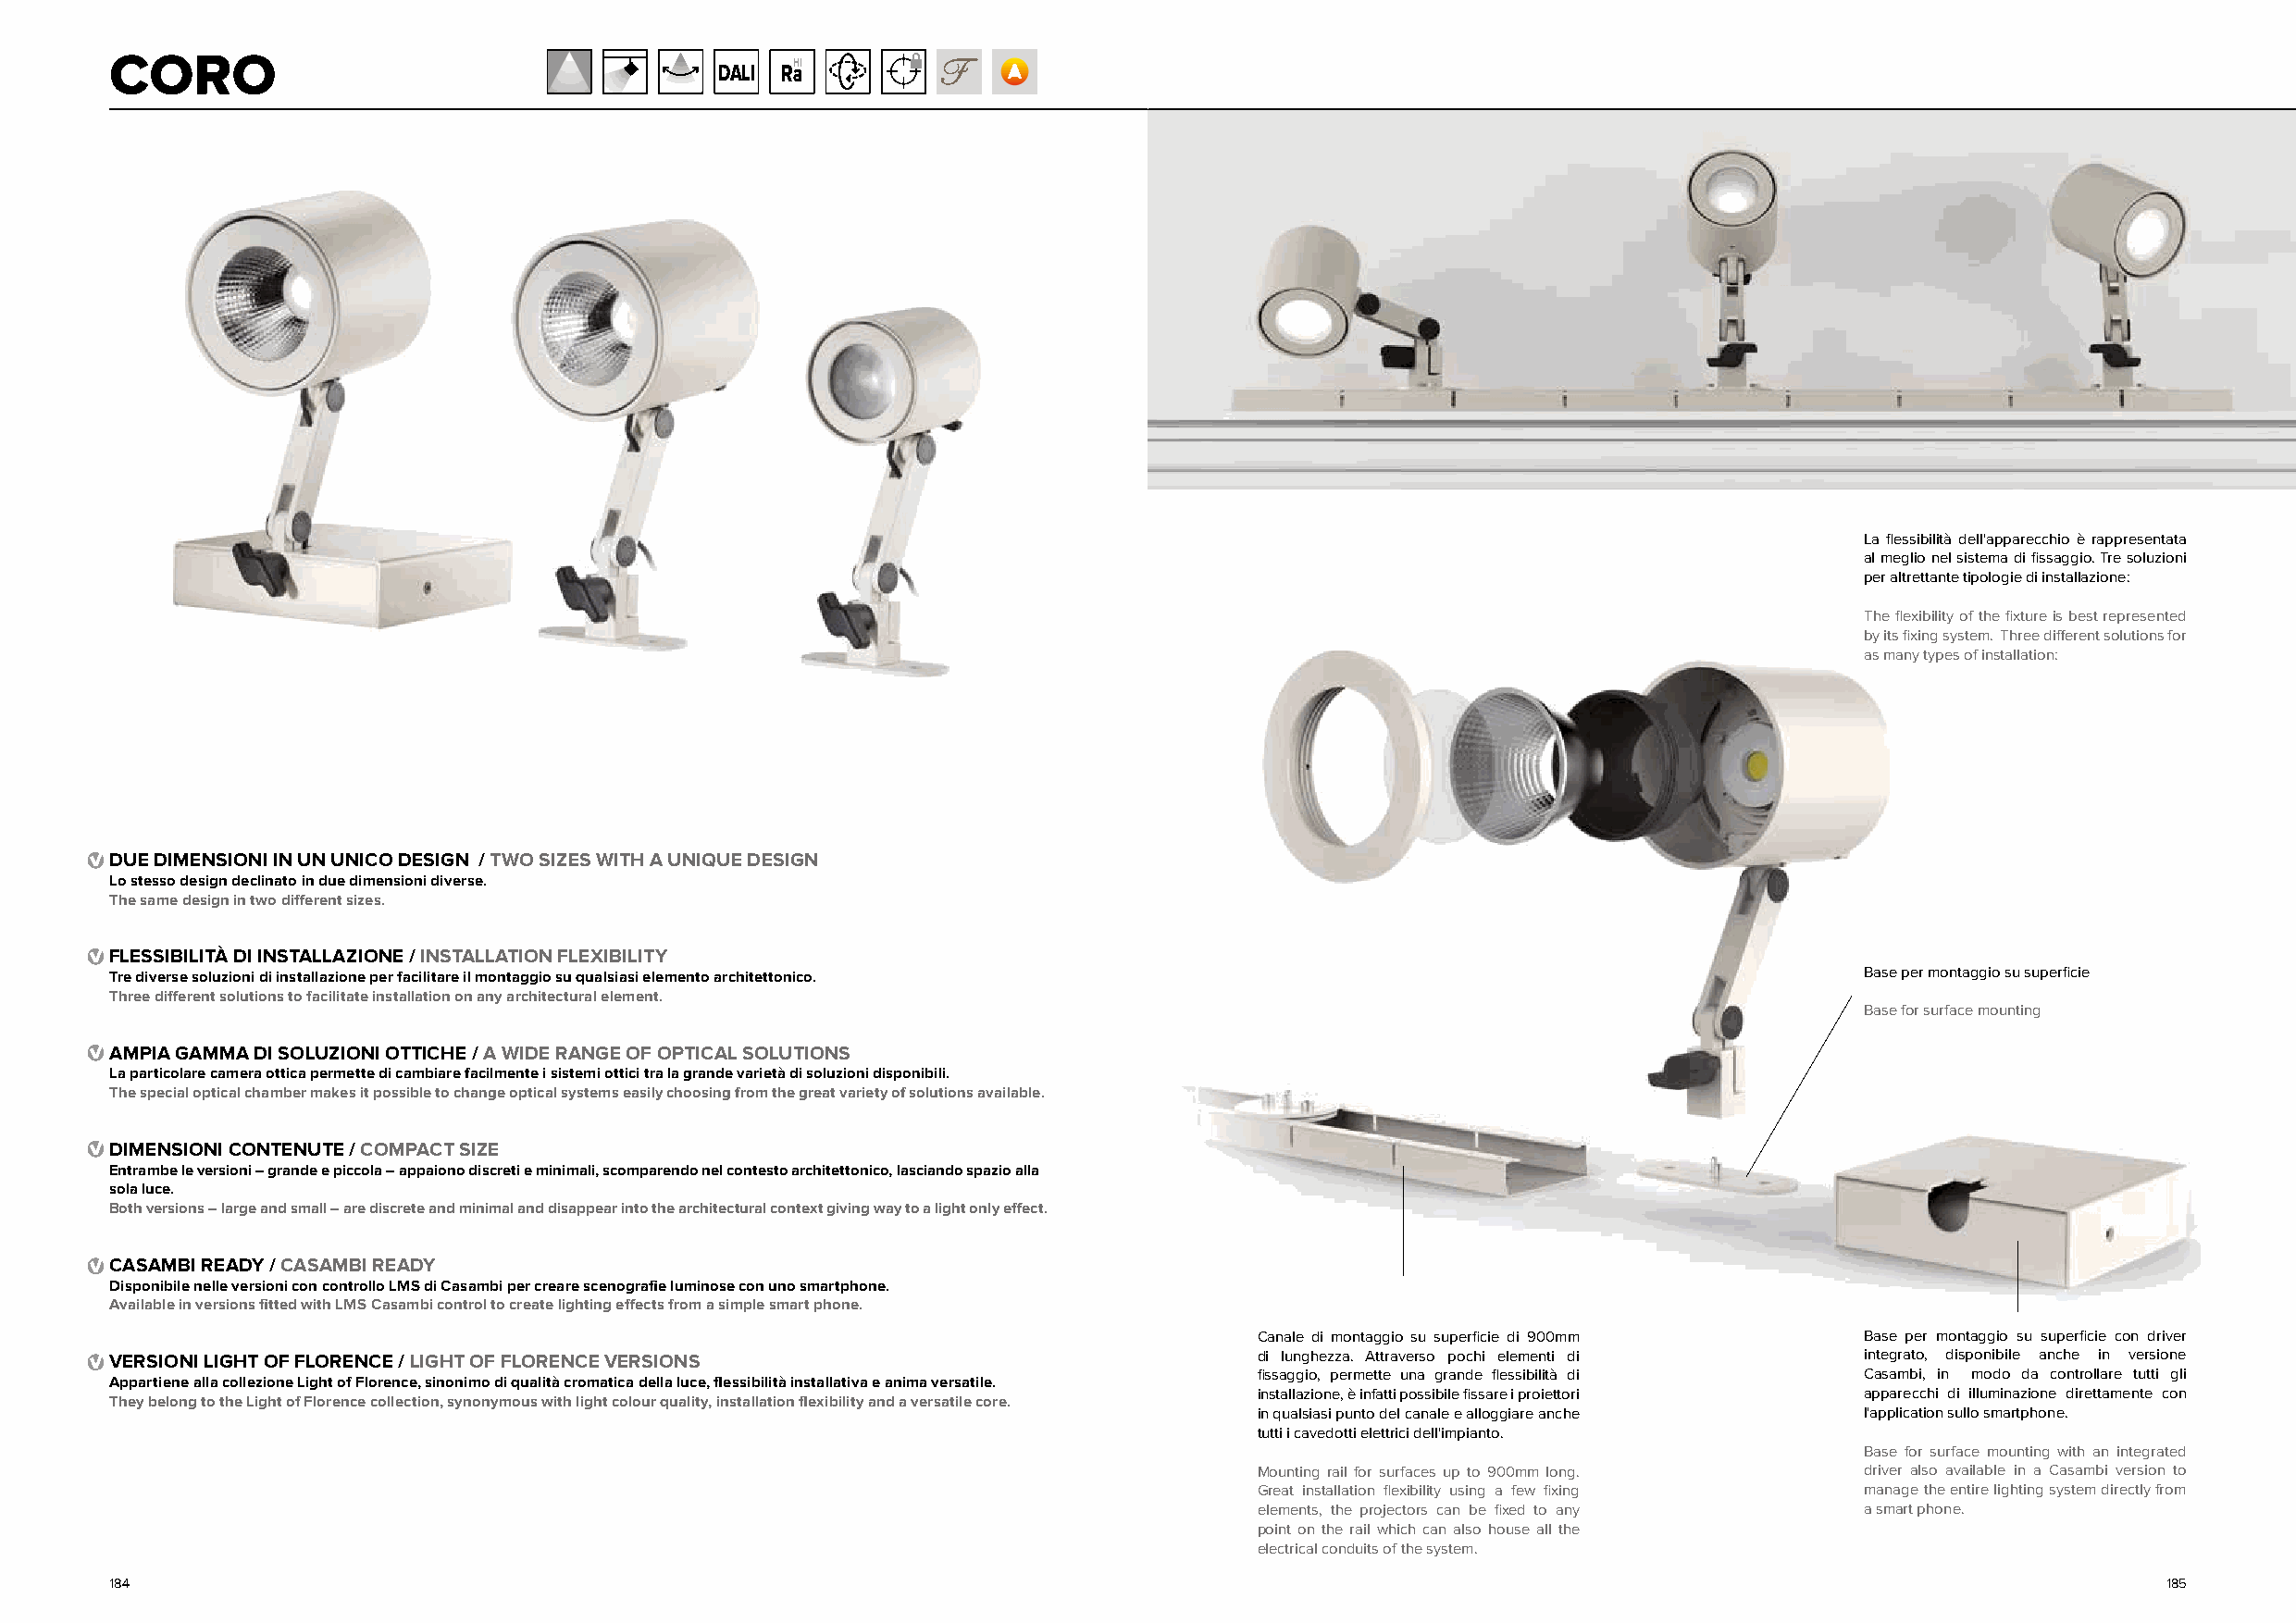
CORO                                       DALI RHaI
 La flessibilità dell'apparecchio è rappresentata
 al meglio nel sistema di fissaggio. Tre soluzioni
 per altrettante tipologie di installazione:
 The flexibility of the fixture is best represented
 by its fixing system. Three different solutions for
 as many types of installation:
 DUE DIMENSIONI IN UN UNICO DESIGN / TWO SIZES WITH A UNIQUE DESIGN
 Lo stesso design declinato in due dimensioni diverse.
 The same design in two different sizes.
 FLESSIBILITÀ DI INSTALLAZIONE / INSTALLATION FLEXIBILITY
 Tre diverse soluzioni di installazione per facilitare il montaggio su qualsiasi elemento architettonico.                     Base per montaggio su superficie
 Three different solutions to facilitate installation on any architectural element.
 Base for surface mounting
 AMPIA GAMMA DI SOLUZIONI OTTICHE / A WIDE RANGE OF OPTICAL SOLUTIONS
 La particolare camera ottica permette di cambiare facilmente i sistemi ottici tra la grande varietà di soluzioni disponibili.
 The special optical chamber makes it possible to change optical systems easily choosing from the great variety of solutions available.
 DIMENSIONI CONTENUTE / COMPACT SIZE
 Entrambe le versioni – grande e piccola – appaiono discreti e minimali, scomparendo nel contesto architettonico, lasciando spazio alla
 sola luce.
 Both versions – large and small – are discrete and minimal and disappear into the architectural context giving way to a light only effect.
 CASAMBI READY / CASAMBI READY
 Disponibile nelle versioni con controllo LMS di Casambi per creare scenografie luminose con uno smartphone.
 Available in versions fitted with LMS Casambi control to create lighting effects from a simple smart phone.
 Canale di montaggio su superficie di 900mm Base per montaggio su superficie con driver
 VERSIONI LIGHT OF FLORENCE / LIGHT OF FLORENCE VERSIONS                           di lunghezza. Attraverso pochi elementi di integrato, disponibile anche in versione
 fissaggio, permette una grande flessibilità di Casambi, in modo da controllare tutti gli
 Appartiene alla collezione Light of Florence, sinonimo di qualità cromatica della luce, flessibilità installativa e anima versatile.
 installazione, è infatti possibile fissare i proiettori apparecchi di illuminazione direttamente con
 They belong to the Light of Florence collection, synonymous with light colour quality, installation flexibility and a versatile core.
 in qualsiasi punto del canale e alloggiare anche l'application sullo smartphone.
 tutti i cavedotti elettrici dell'impianto.
 Base for surface mounting with an integrated
 Mounting rail for surfaces up to 900mm long. driver also available in a Casambi version to
 Great installation flexibility using a few fixing manage the entire lighting system directly from
 elements, the projectors can be fixed to any a smart phone.
 point on the rail which can also house all the
 electrical conduits of the system.
 184                                                                                                                                                185